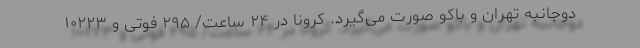
دوجانبه تهران و باکو صورت‌ می‌گیرد. کرونا در ۲۴ ساعت/ ۲۹۵ فوتی و ۱۰۲۲۳